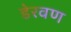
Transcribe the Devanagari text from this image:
डेरवण